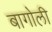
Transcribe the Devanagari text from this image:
बागोली